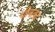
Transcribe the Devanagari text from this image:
घीकका